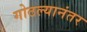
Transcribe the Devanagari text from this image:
गोठल्यानंतर